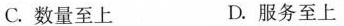
C.数量至上 D.服务至上